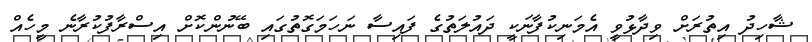
ޝާހިދު އިތުރަށް ވިދާޅުވީ އެމަނިކުފާނަކީ ދައުލަތުގެ ފައިސާ ނަހަމަގޮތުގައި ބޭނުންކޮށް އިސްރާފުކުރާނެ މީހެއް